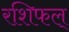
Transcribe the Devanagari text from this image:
रशिफल्